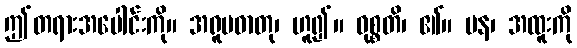
ဤတရားအပေါင်းကို။ အရူပဓာတု၊ ဟူ၍။ ဝုစ္စတိ၊ ၏။ ပန၊ အထူးကို